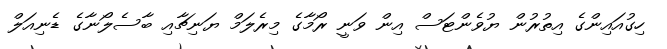
ހިގުއައިންގެ އިތުރުން ޔުވެންޓަސް އިން ވަނީ ރޯމާގެ މިރެލަމް ޔަނިޗާއި ބާސެލޯނާގެ ޑެނިއަލް